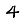
Digit: 4